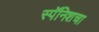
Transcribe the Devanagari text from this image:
स्पॅनिशचा